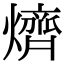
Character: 㸄